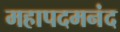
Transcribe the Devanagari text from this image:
महापदमनंद